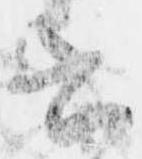
書